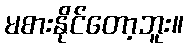
မစားနိုင်တော့ဘူး။